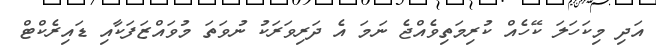
އަދި މިކަހަލަ ކޭހެއް ކުރިމަތިވެއްޖެ ނަމަ އެ ދަރިވަރަަކު ނުވަތަ މުވައްޒަފަކާއި ޑައިރެކްޓް